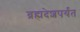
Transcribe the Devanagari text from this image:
ब्रह्मदेशपर्यंत